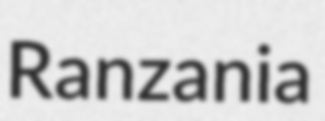
Ranzania